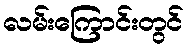
လမ်းကြောင်းတွင်